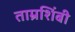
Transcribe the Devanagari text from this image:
ताम्रशिंबी